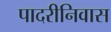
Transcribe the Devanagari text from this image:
पादरीनिवास